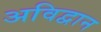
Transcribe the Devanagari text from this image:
अविद्वान